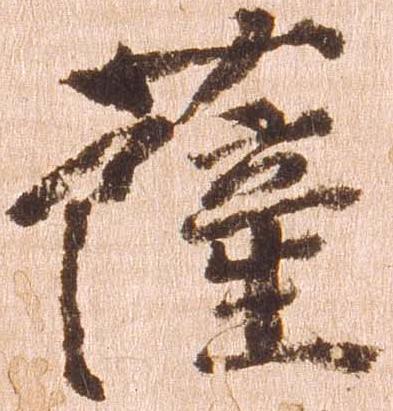
薩